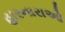
હારનારાઓ